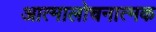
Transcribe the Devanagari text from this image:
आत्मालोचनात्मक